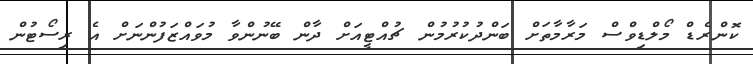
ކޮންރެޑް މޯލްޑިވްސް މަރާމާތަށް ބަންދުކުރުމުން ޗުއްޓީއަށް ދާން ބޭނުންވާ މުވައްޒަފުންނަށް އެ ރިސޯޓުން